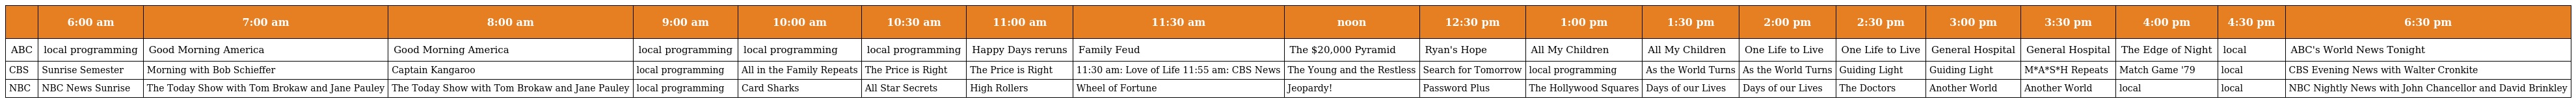
|  | 6:00 am | 7:00 am | 8:00 am | 9:00 am | 10:00 am | 10:30 am | 11:00 am | 11:30 am | noon | 12:30 pm | 1:00 pm | 1:30 pm | 2:00 pm | 2:30 pm | 3:00 pm | 3:30 pm | 4:00 pm | 4:30 pm | 6:30 pm |
 | --- | --- | --- | --- | --- | --- | --- | --- | --- | --- | --- | --- | --- | --- | --- | --- | --- | --- | --- | --- |
 | ABC | local programming | Good Morning America | Good Morning America | local programming | local programming | local programming | Happy Days reruns | Family Feud | The $20,000 Pyramid | Ryan's Hope | All My Children | All My Children | One Life to Live | One Life to Live | General Hospital | General Hospital | The Edge of Night | local | ABC's World News Tonight |
 | CBS | Sunrise Semester | Morning with Bob Schieffer | Captain Kangaroo | local programming | All in the Family Repeats | The Price is Right | The Price is Right | 11:30 am: Love of Life 11:55 am: CBS News | The Young and the Restless | Search for Tomorrow | local programming | As the World Turns | As the World Turns | Guiding Light | Guiding Light | M*A*S*H Repeats | Match Game '79 | local | CBS Evening News with Walter Cronkite |
 | NBC | NBC News Sunrise | The Today Show with Tom Brokaw and Jane Pauley | The Today Show with Tom Brokaw and Jane Pauley | local programming | Card Sharks | All Star Secrets | High Rollers | Wheel of Fortune | Jeopardy! | Password Plus | The Hollywood Squares | Days of our Lives | Days of our Lives | The Doctors | Another World | Another World | local | local | NBC Nightly News with John Chancellor and David Brinkley |